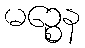
မဉ္စေန